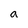
Character: a